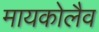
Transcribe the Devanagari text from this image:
मायकोलैव